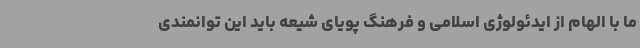
ما با الهام از ایدئولوژی اسلامی و فرهنگ پویای شیعه باید این توانمندی